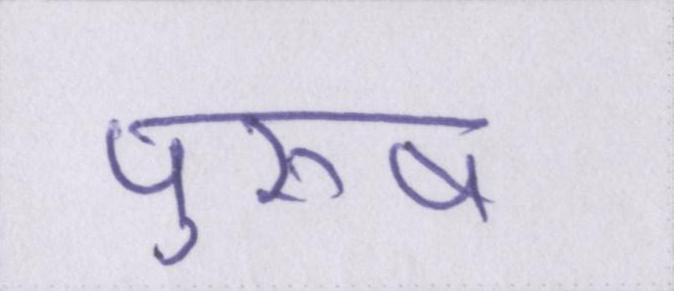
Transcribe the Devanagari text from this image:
पुरूष